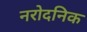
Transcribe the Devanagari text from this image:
नरोदनिक